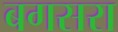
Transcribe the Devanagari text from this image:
बगसरा